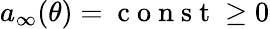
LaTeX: a_{\infty}(\theta)=\mathrm{~c~o~n~s~t~}\geq 0